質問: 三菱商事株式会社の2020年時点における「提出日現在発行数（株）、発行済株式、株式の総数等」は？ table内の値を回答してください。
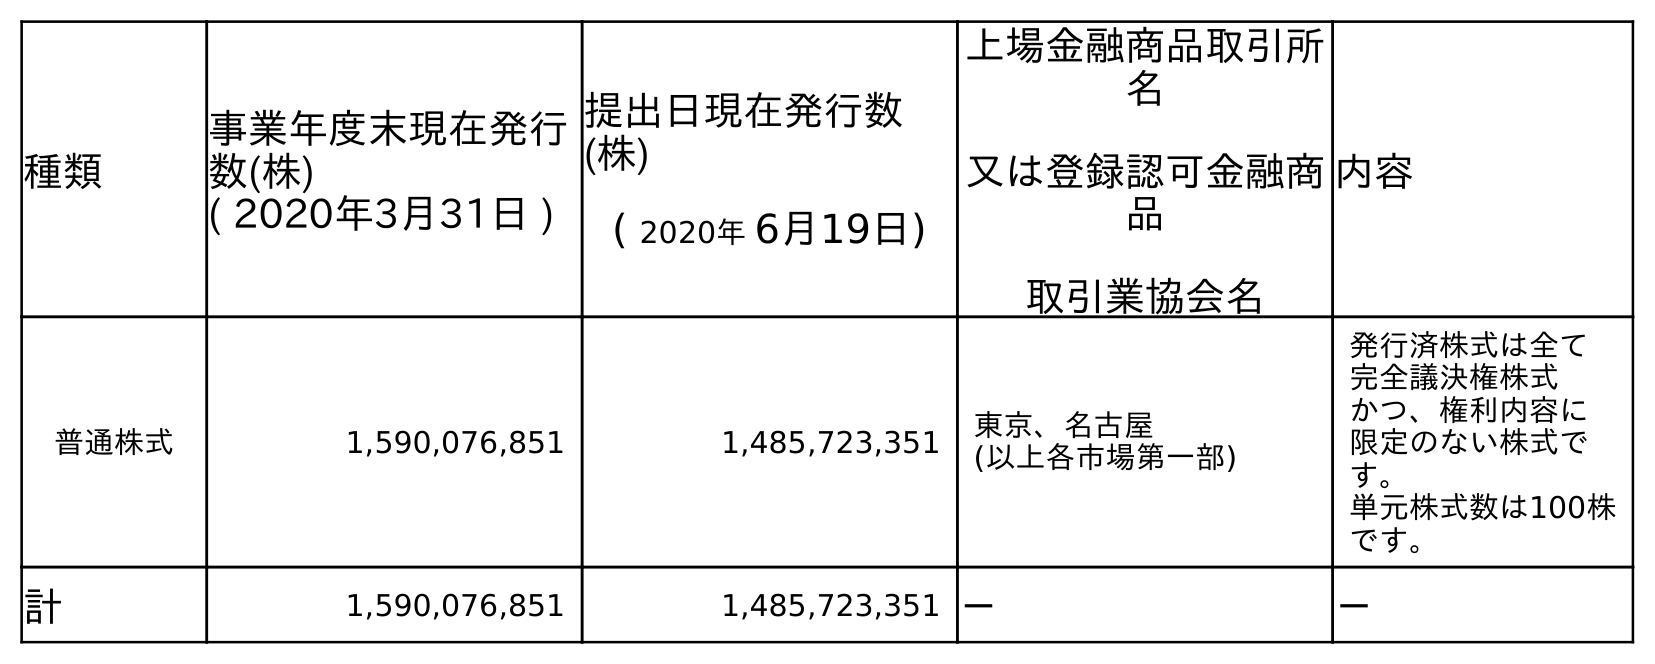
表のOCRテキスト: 種類 事業年度末現在発行 数(株) ( 2020年3月31日 ) 提出日現在発行数 (株) ( 2020年 6月19日) 上場金融商品取引所 名 又は登録認可金融商 品 取引業協会名 内容 普通株式 1,590,076,851 1,485,723,351 東京、名古屋 (以上各市場第一部) 発行済株式は全て 完全議決権株式 かつ、権利内容に 限定のない株式で す。 単元株式数は100株 です。 計 1,590,076,851 1,485,723,351 － －
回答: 1,485,723,351